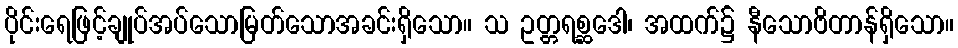
ပိုင်းရေဖြင့်ချုပ်အပ်သောမြတ်သောအခင်းရှိသော။ သ ဥတ္တရစ္ဆဒေါ၊ အထက်၌ နီသောဗိတာန်ရှိသော။